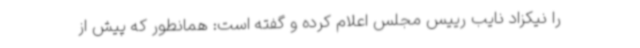
را نیکزاد نایب رییس مجلس اعلام کرده و گفته است: همانطور که پیش از